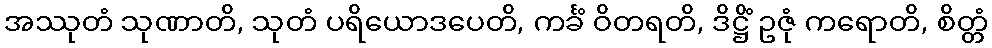
အဿုတံ သုဏာတိ, သုတံ ပရိယောဒပေတိ, ကင်္ခံ ဝိတရတိ, ဒိဋ္ဌိံ ဥဇုံ ကရောတိ, စိတ္တံ